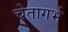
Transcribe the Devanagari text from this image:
चेतागर्भ